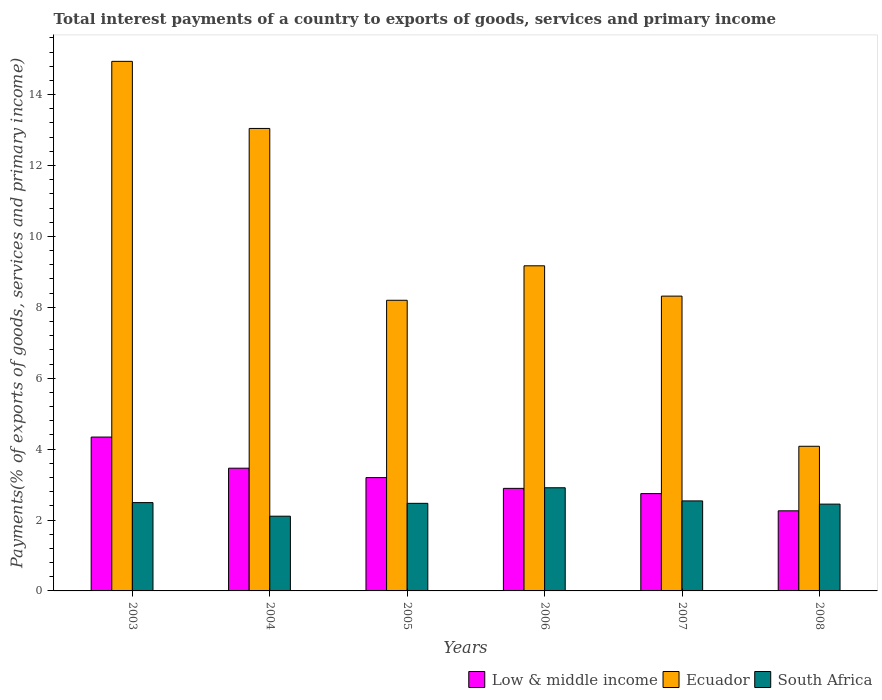
| Years | Low & middle income | Ecuador | South Africa |
 | --- | --- | --- | --- |
 | 2003 | 4.34 | 14.9 | 2.49 |
 | 2004 | 3.46 | 13 | 2.11 |
 | 2005 | 3.2 | 8.2 | 2.47 |
 | 2006 | 2.89 | 9.17 | 2.91 |
 | 2007 | 2.75 | 8.32 | 2.54 |
 | 2008 | 2.26 | 4.08 | 2.45 |